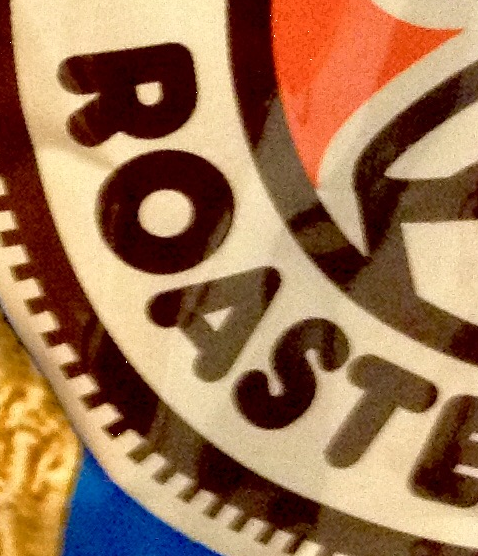
ROAST